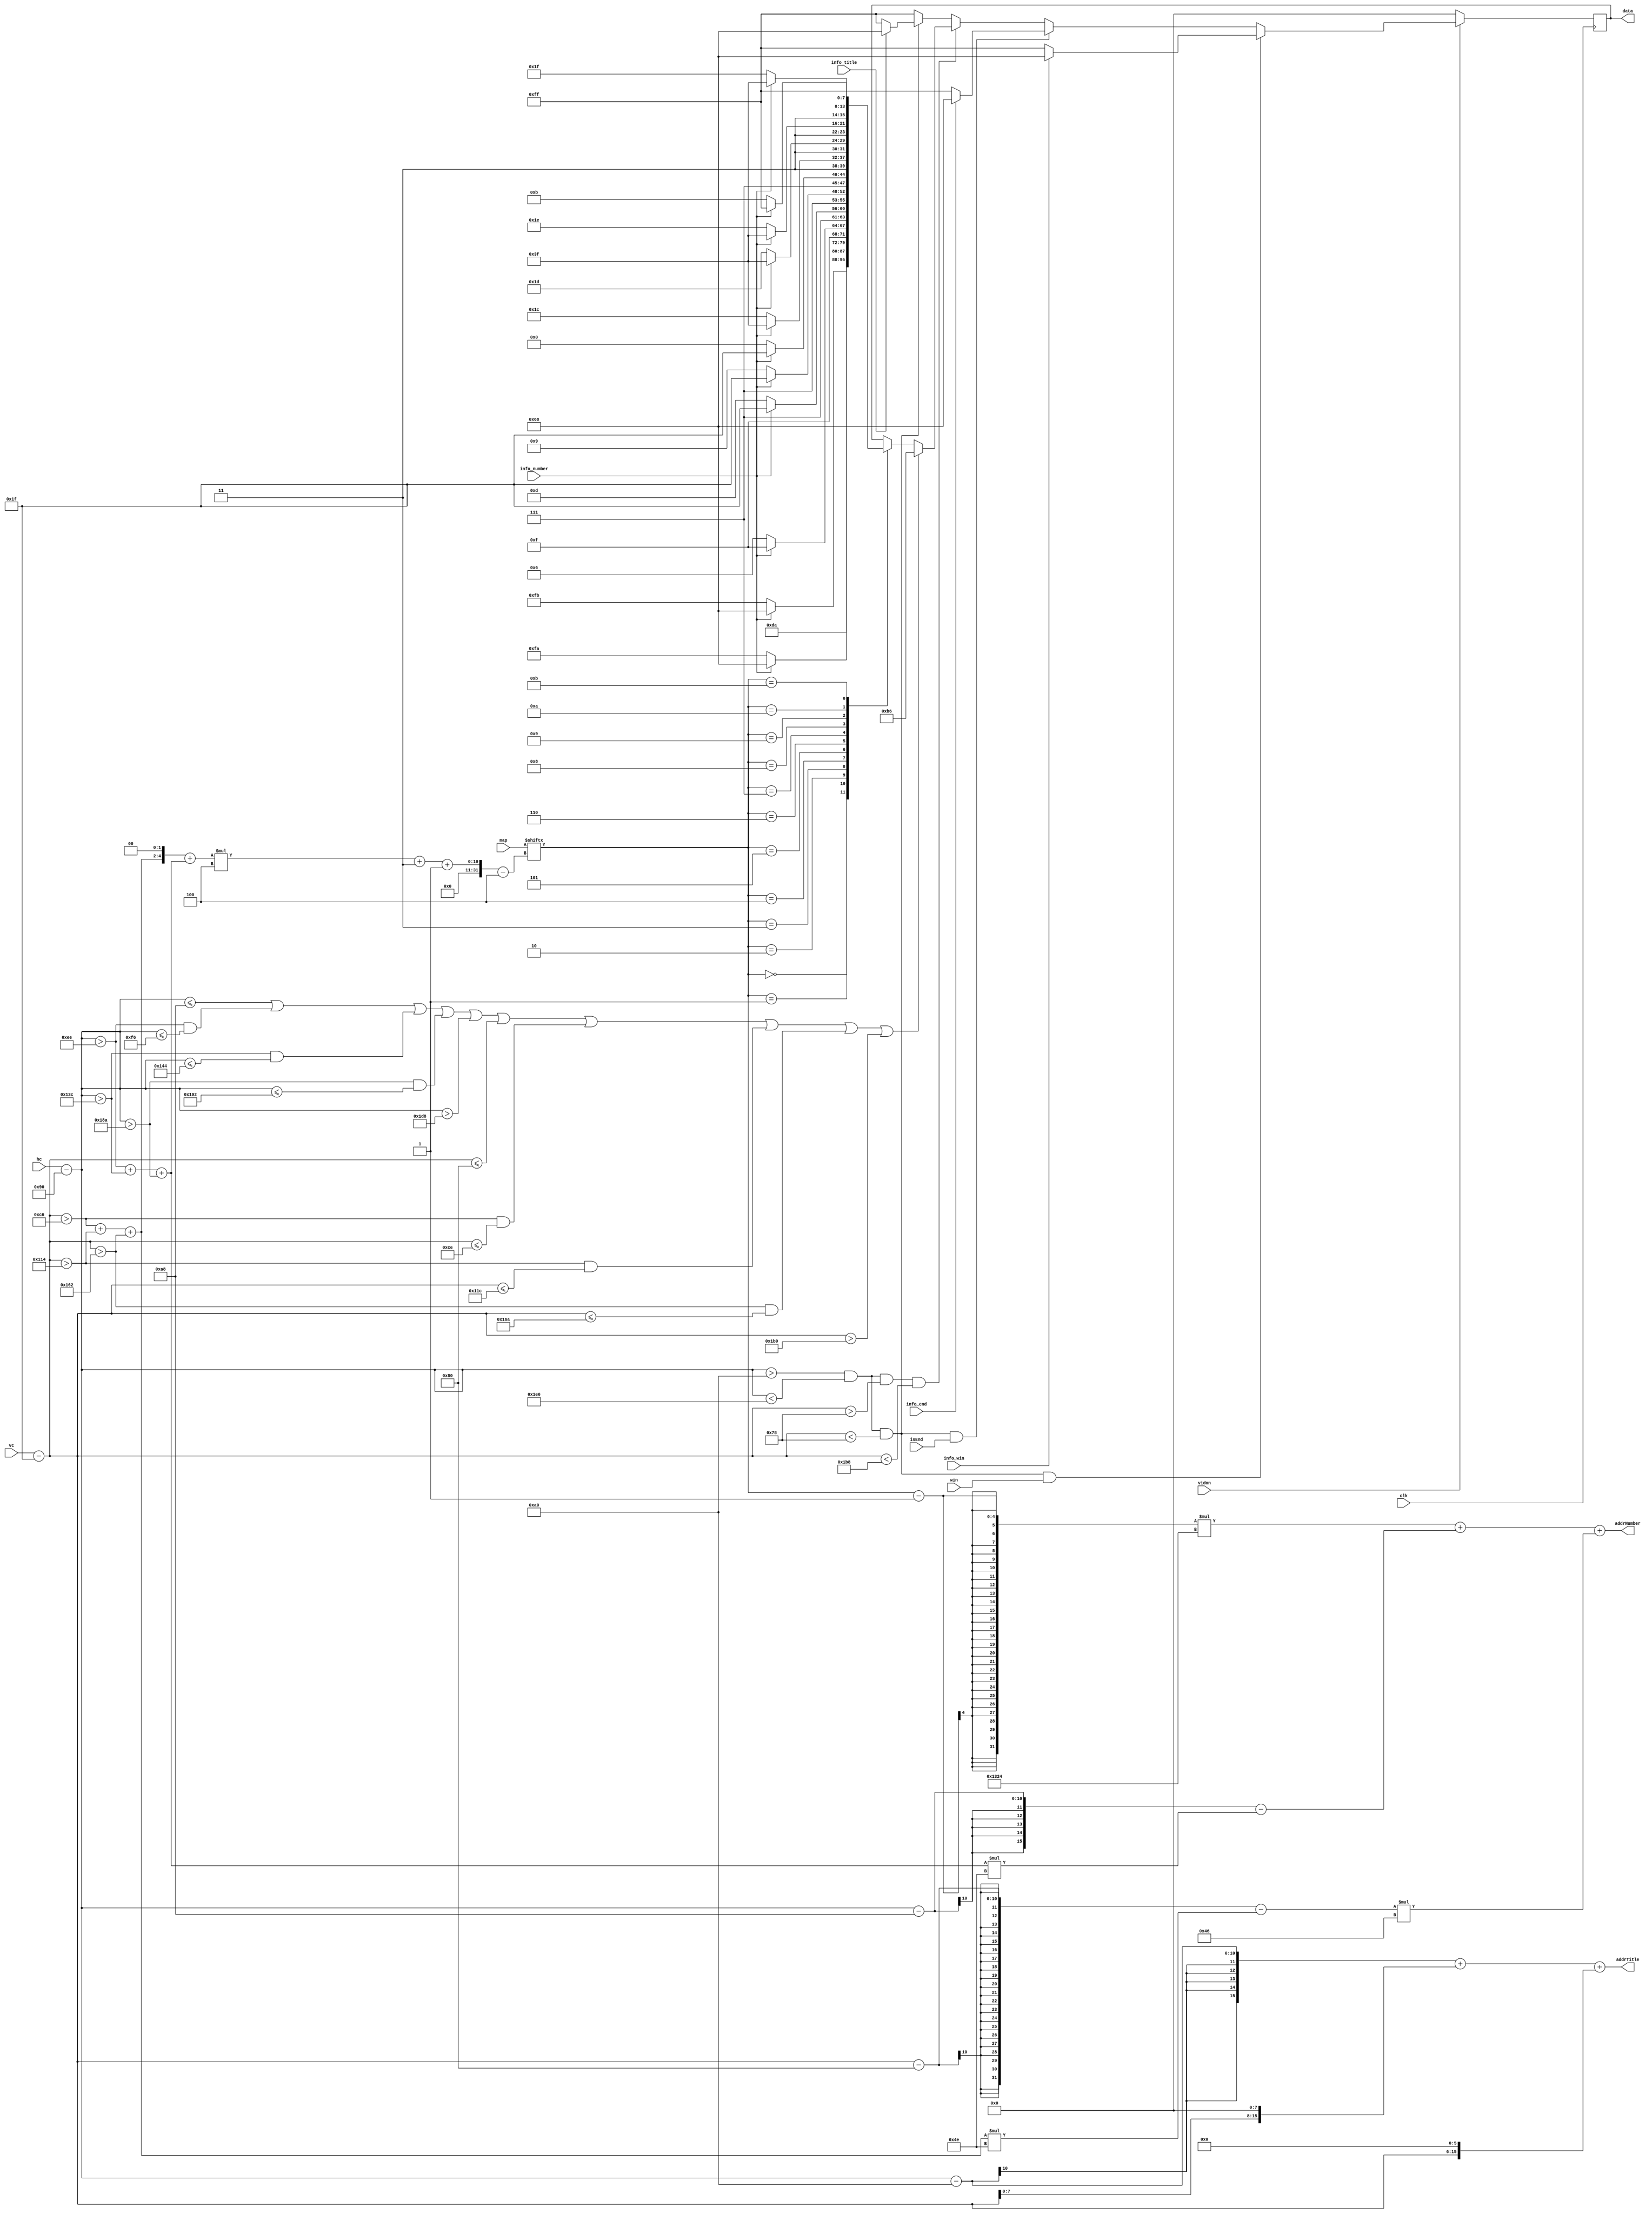
`timescale 1ns / 1ps
//////////////////////////////////////////////////////////////////////////////////
// Company: 
// Engineer: 
// 
// Design Name: 
// Module Name:    interface 
// Project Name: 
// Target Devices: 
// Tool versions: 
// Description: 
//
// Dependencies: 
//
// Revision: 
// Revision 0.01 - File Created
// Additional Comments: 
//
//////////////////////////////////////////////////////////////////////////////////
module interface(
			input wire clk,
			input wire [9:0] hc,
			input wire [9:0] vc,
			input wire vidon,
			input wire win,
			input wire isEnd,
			input wire [63:0] map,
			input wire info_number,
			input wire info_title,
			input wire info_win,
			input wire info_end,
			output reg [7:0] data,
			output wire [15:0] addrNumber,
			output wire [15:0] addrTitle
    );

	/* VGA data that are same as in VGA_resolution module*/
	parameter h_pixel = 800;
	parameter h_total = 521;
	parameter hbp = 144;
	parameter hfp = 784;
	parameter vbp = 31;
	parameter vfp = 511;

	wire [9:0] xpix;
	wire [9:0] ypix;
	wire [9:0] x;
	wire [9:0] y;

	/* Calculate the position of pixel */
	assign xpix = hc - hbp; 
	assign ypix = vc - vbp;

	/* Calculate the address and the scale of titles and numbers */
	assign x = ((xpix>238)+(xpix>316)+(xpix>394)); 
	assign y = ((ypix>198)+(ypix>276)+(ypix>354));
	assign addrNumber = (map[(((y << 2) + x) * 4 + 3)-:4] - 1) * 4900 + (xpix - 168 - (x * 78)) + ((ypix - 128 - (y * 78)) * 70);
	assign addrTitle = xpix - 160 + (ypix << 8) + (ypix << 6);

	/* Assign RGB data to different images */
	always @(posedge clk)
	begin
		if (vidon == 0)
		begin
			data <= 0;
		end
		else
		if (xpix > 160 && xpix < 480 && ypix < 120 && win == 1)   //win, change title
		begin
			//data <= info_win;
			if(info_win == 0)
			begin
			  data <= 8'b11111111;
			end
			else
			begin
			  data <= 8'b01101000;
			end
		end
		else
		if (xpix > 160 && xpix < 480 && ypix < 120 && isEnd == 1)  //end, change title
		begin
			//data <= info_end;
			if (info_end == 0) begin
			  data <= 8'b11111111;
			end else begin
			  data <= 8'b01101000;
			end
		end
		else
		if (xpix > 160 && xpix < 480 && ypix > 120 && ypix < 440) //in game
		begin
			if (xpix <= 168 || (xpix > 238 && xpix <= 246) || (xpix > 316 && xpix <= 324) || (xpix > 394 && xpix <= 402) || xpix > 472
			||  ypix <= 128 || (ypix > 198 && ypix <= 206) || (ypix > 276 && ypix <= 284) || (ypix > 354 && ypix <= 362) || ypix > 432)
			begin
				data <= 8'b101_101_10;
			end
			else
			begin
				case (map[(((y << 2) + x) * 4 + 3)-:4])
					0:
					begin
						data <= 8'b11011010;
					end
					1:
					begin
						if (info_number == 0)
						begin
							data <= 8'b11111011;
						end
						else
						begin
							data <= 8'b01101000;
						end
					end
					2:
					begin
						if (info_number == 0)
						begin
							data <= 8'b11111010;
						end
						else
						begin
							data <= 8'b01101000;
						end
					end
					3:
					begin
						if (info_number == 0)
						begin
							data <= 8'b11110110;
						end
						else
						begin
							data <= 8'b11111111;
						end
					end
					4:
					begin
						if (info_number == 0)
						begin
							data <= 8'b11101101;
						end
						else
						begin
							data <= 8'b11111111;
						end
					end
					5:
					begin
						if (info_number == 0)
						begin
							data <= 8'b11101001;
						end
						else
						begin
							data <= 8'b11111111;
						end
					end
					6:
					begin
						if (info_number == 0)
						begin
							data <= 8'b11100000;
						end
						else
						begin
							data <= 8'b11111111;
						end
					end
					7:
					begin
						if (info_number == 0)
						begin
							data <= 8'b11011100;
						end
						else
						begin
							data <= 8'b11111111;
						end
					end
					8:
					begin
						if (info_number == 0)
						begin
							data <= 8'b11011101;
						end
						else
						begin
							data <= 8'b11111111;
						end
					end
					9:
					begin
						if (info_number == 0)
						begin
							data <= 8'b11011110;
						end
						else
						begin
							data <= 8'b11111111;
						end
					end
					10:
					begin
						if (info_number == 0)
						begin
							data <= 8'b11011111;
						end
						else
						begin
							data <= 8'b11111111;
						end
					end
					11:
					begin
						if (info_number == 0)
						begin
							data <= 8'b00001011;
						end
						else
						begin
							data <= 8'b11111111;
						end
					end
				endcase
			end
		end
		else
		if (xpix > 160 && xpix < 480 && ypix < 120)  //normal title
		begin
			if (info_title == 0)
			begin
				data <= 8'b11111111;
			end
			else
			begin
				data <= 8'b01101000;
			end
		end
		else
		begin
			data <= 8'b11111111;
		end
	end


endmodule